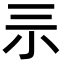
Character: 𡭚